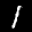
Label: 1